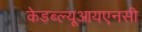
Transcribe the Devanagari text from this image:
केडब्ल्यूआयएनसी